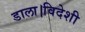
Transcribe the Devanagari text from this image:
डाला।विदेशी